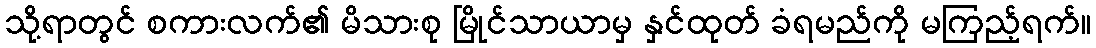
သို့ရာတွင် စကားလက်၏ မိသားစု မြိုင်သာယာမှ နှင်ထုတ် ခံရမည်ကို မကြည့်ရက်။